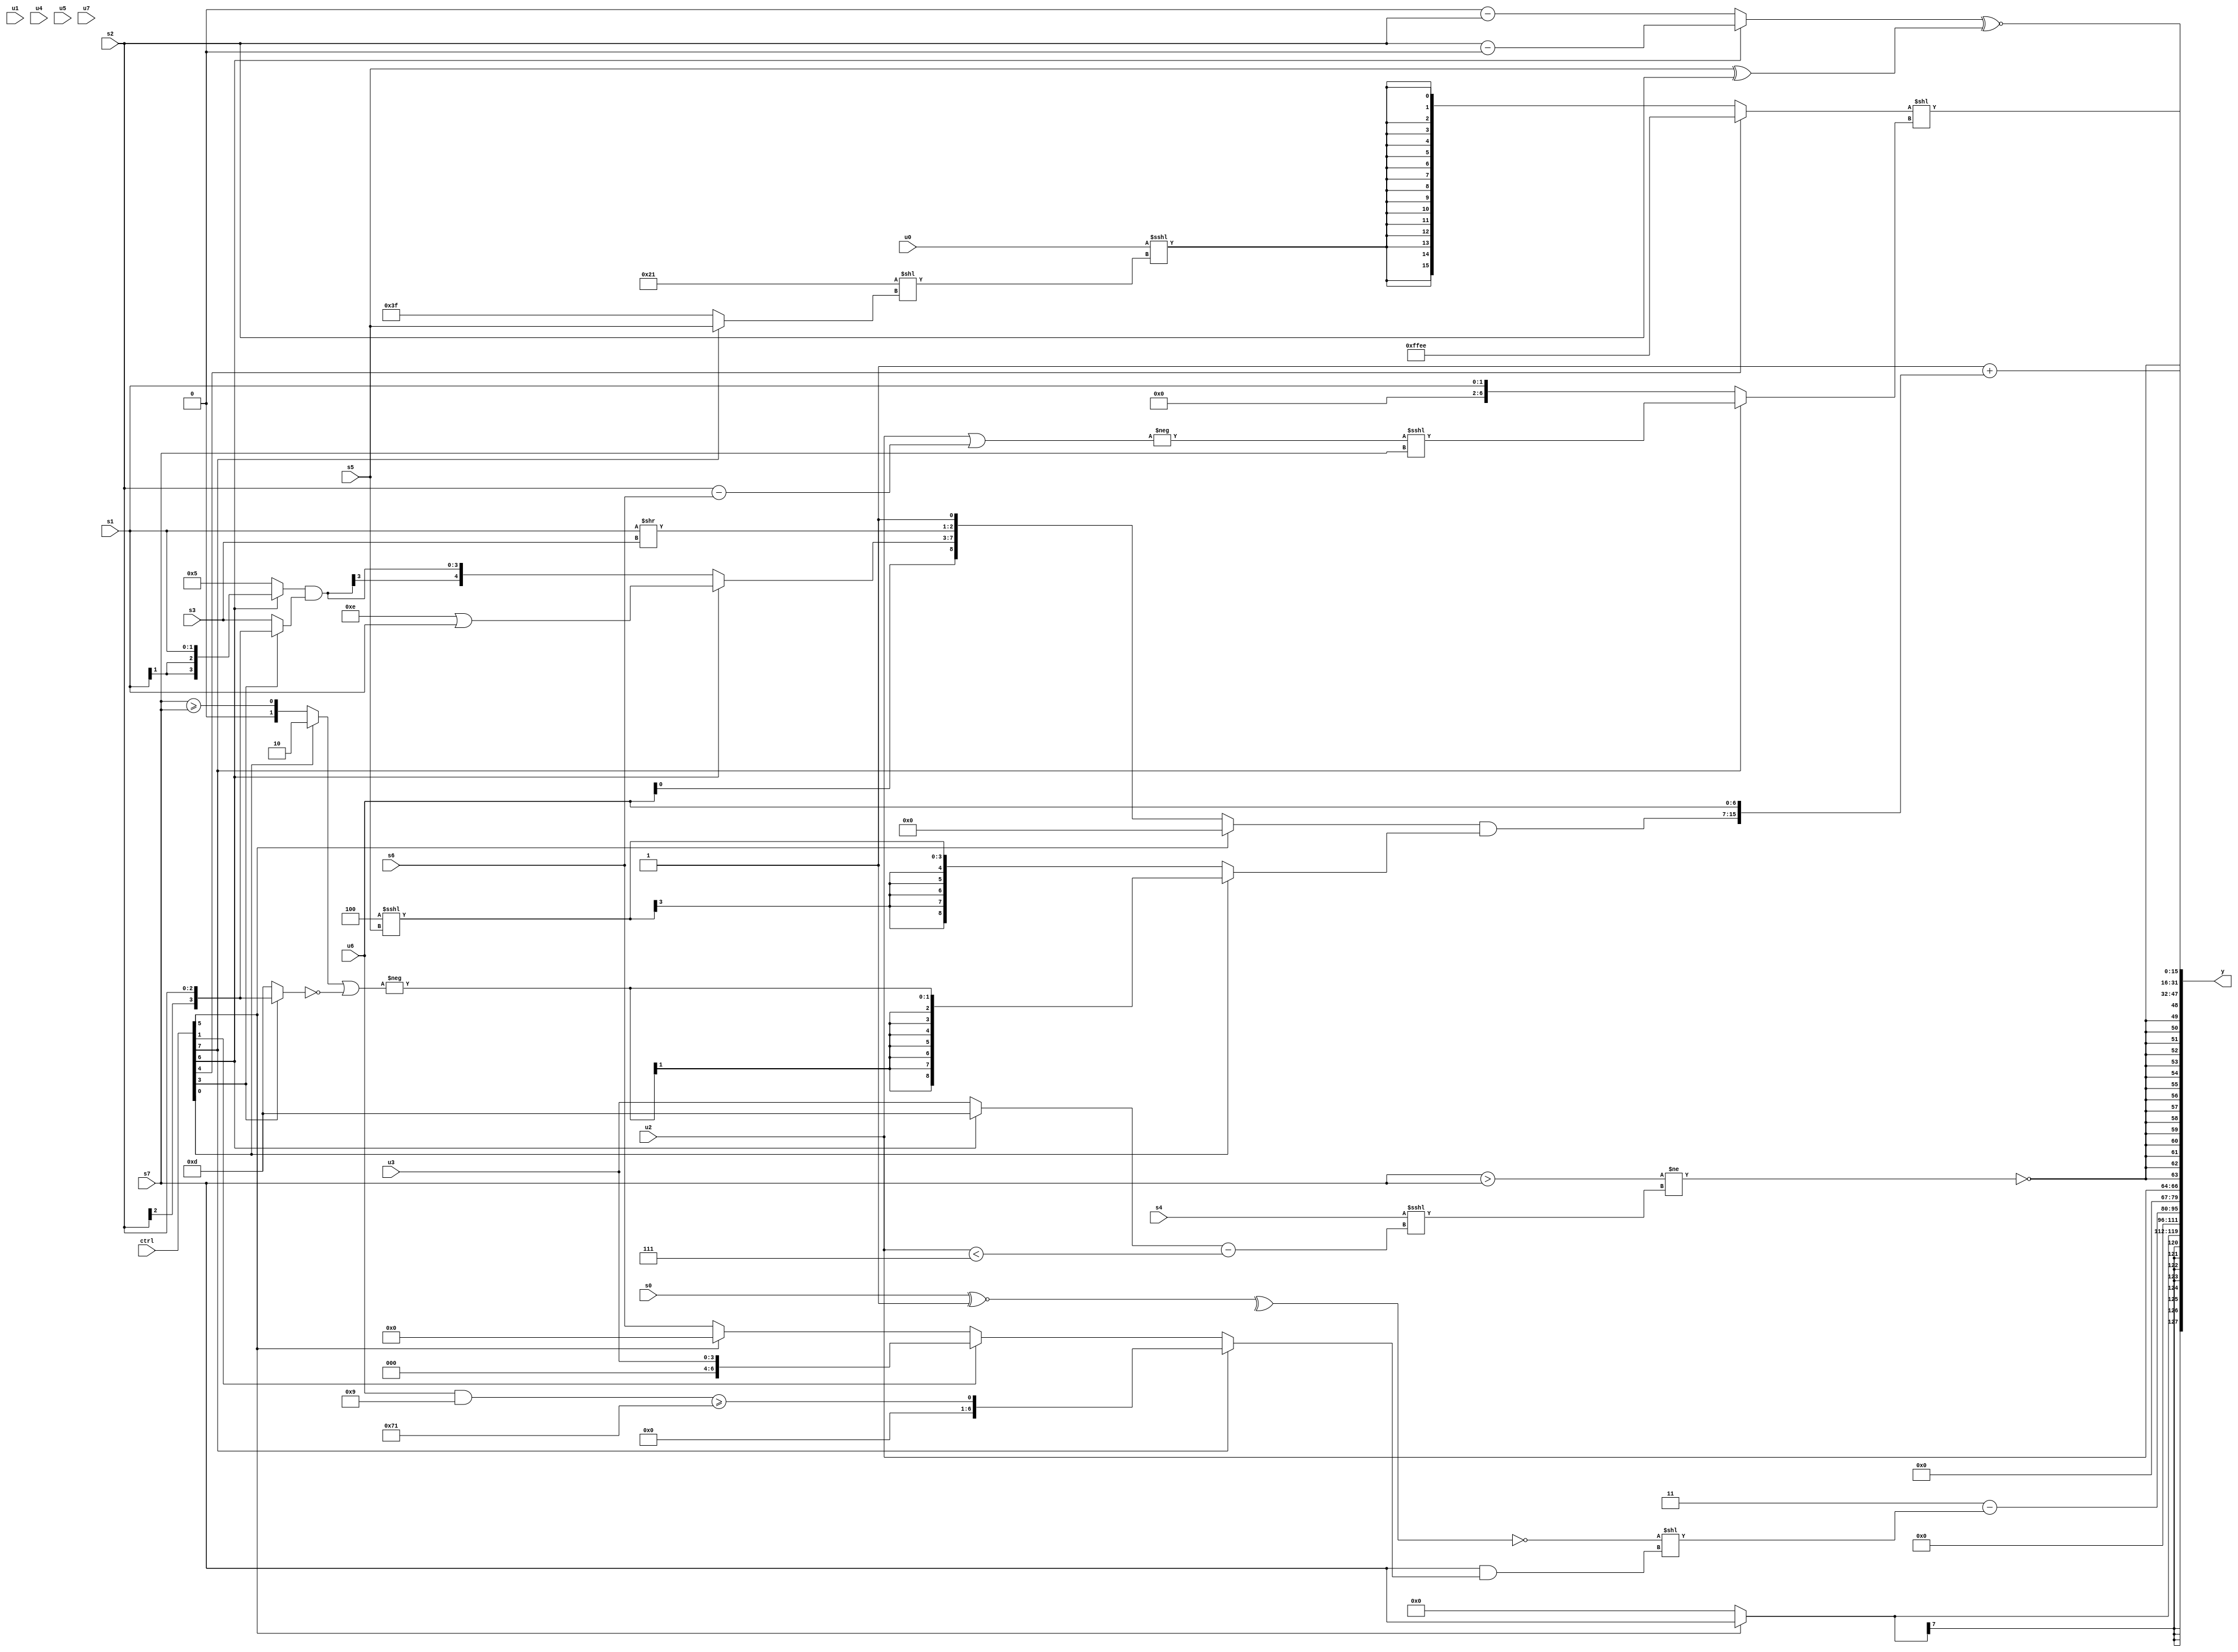
module wideexpr_00243(ctrl, u0, u1, u2, u3, u4, u5, u6, u7, s0, s1, s2, s3, s4, s5, s6, s7, y);
  input [7:0] ctrl;
  input [0:0] u0;
  input [1:0] u1;
  input [2:0] u2;
  input [3:0] u3;
  input [4:0] u4;
  input [5:0] u5;
  input [6:0] u6;
  input [7:0] u7;
  input signed [0:0] s0;
  input signed [1:0] s1;
  input signed [2:0] s2;
  input signed [3:0] s3;
  input signed [4:0] s4;
  input signed [5:0] s5;
  input signed [6:0] s6;
  input signed [7:0] s7;
  output [127:0] y;
  wire [15:0] y0;
  wire [15:0] y1;
  wire [15:0] y2;
  wire [15:0] y3;
  wire [15:0] y4;
  wire [15:0] y5;
  wire [15:0] y6;
  wire [15:0] y7;
  assign y = {y0,y1,y2,y3,y4,y5,y6,y7};
  assign y0 = $signed((ctrl[5]?$signed(s7):((5'sb11000)>>(u6))<<(6'sb100001)));
  assign y1 = ((ctrl[0]?{(-(4'sb0011))&((1'sb1)<<<(s3))}:{$unsigned({2{5'sb00010}})}))>>({4{{2{|(-(1'sb1))}}}});
  assign y2 = ($unsigned({1{2'sb11}}))-((~^(^((s0)^~((1'sb1)|(4'sb0110)))))<<(($signed($signed($signed(s7))))&(+((ctrl[7]?((u6)&(4'b1001))>=((1'sb1)-(5'b10000)):(ctrl[1]?u3:(ctrl[5]?1'sb0:s6)))))));
  assign y3 = {1{$signed($signed(u2))}};
  assign y4 = $signed(+(!($signed(((s7)>(s7))!=(($signed($signed(s4)))<<<(((ctrl[6]?4'sb1101:u3))-((u2)<(5'b00111))))))));
  assign y5 = ((ctrl[4]?$signed(6'sb101110):$signed((u0)<<<($signed((6'sb100001)<<((ctrl[7]?s5:1'sb1)))))))<<((ctrl[7]?(-($unsigned((+(u2))|((s2)-(s6)))))<<<(s7):s1));
  assign y6 = ($signed((ctrl[6]?($signed(+(s2)))-(1'sb0):(4'sb0000)-(s2))))^~((s5)^(s2));
  assign y7 = (1'sb1)+({1'sb0,((ctrl[5]?+($signed(+(((ctrl[3]?1'sb0:s1))<<<({3'sb101})))):$signed({$signed(u6),(ctrl[6]?(+(5'sb01110))|(s1):((ctrl[6]?s1:4'sb0101))&((ctrl[3]?s2:s3))),(s1)>>((s3)<<($signed(2'sb00))),1'b1})))&((ctrl[0]?$signed(-(((ctrl[0]?{2'sb10}:(s7)>=(s7)))|(!((ctrl[3]?s2:4'sb1101))))):$signed((4'sb1100)<<<(s5)))),u6});
endmodule